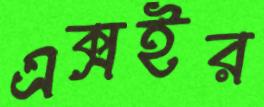
এক্সইর